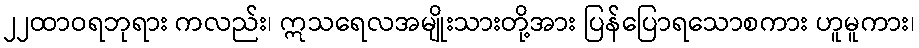
၂၂ထာဝရဘုရား ကလည်း၊ ဣသရေလအမျိုးသားတို့အား ပြန်ပြောရသောစကား ဟူမူကား၊